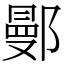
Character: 鄤